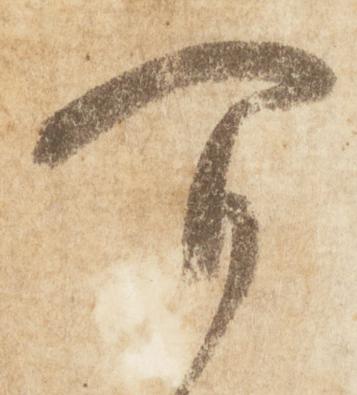
可